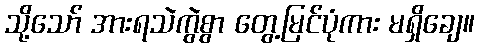
သို့သော် အားရသဲကွဲစွာ တွေ့မြင်ပုံကား မရှိချေ။